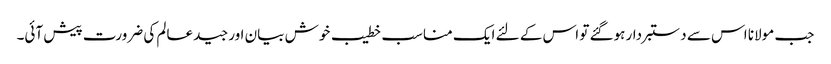
جب مولانا اس سے دستبردار ہوگئے تو اس کے لئے ایک مناسب خطیب خوش بیان اور جید عالم کی ضرورت پیش آئی۔